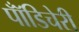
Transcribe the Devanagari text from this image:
पॉँडिचेरी